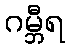
ဂမ္ဘီရ